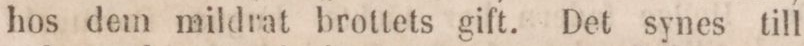
hos dem mildrat brottets gift. Det synes till